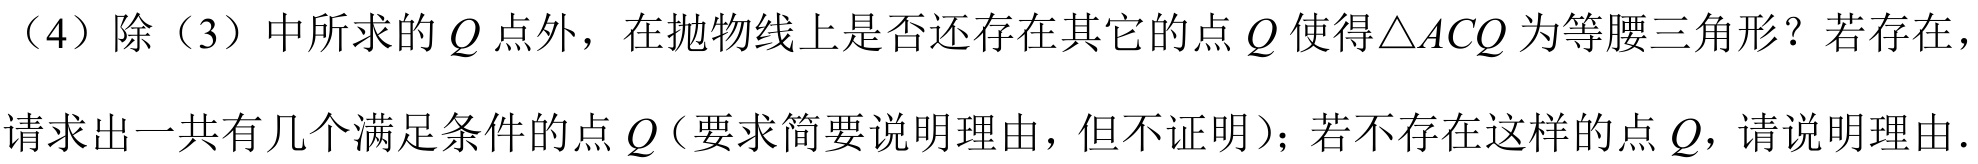
（4）除（3）中所求的\(Q\)点外，在抛物线上是否还存在其它的点\(Q\)使得\(\triangle ACQ\)为等腰三角形？若存在，请求出一共有几个满足条件的点\(Q\)（要求简要说明理由，但不证明）；若不存在这样的点\(Q\)，请说明理由.